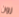
رون